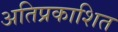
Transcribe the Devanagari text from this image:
अतिप्रकाशित